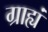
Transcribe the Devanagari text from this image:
ग्राह्यं